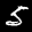
Label: 5